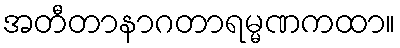
အတီတာနာဂတာရမ္မဏကထာ။